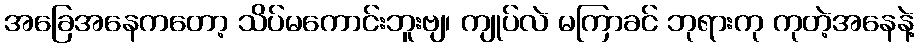
အခြေအနေကတော့ သိပ်မကောင်းဘူးဗျ၊ ကျုပ်လဲ မကြာခင် ဘုရားကု ကုတဲ့အနေနဲ့